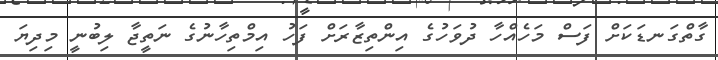
ގާތްގަނޑަކަށް ފަސް މަހެއްހާ ދުވަހުގެ އިންތިޒާރަށް ފަހު އިމްތިހާނުގެ ނަތީޖާ ލިބުނީ މިދިޔަ